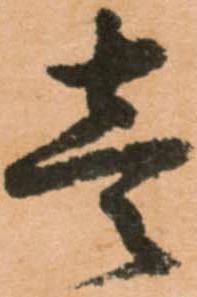
壱